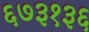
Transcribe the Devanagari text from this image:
६७३१३६